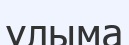
ұлыма